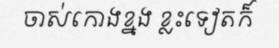
ចាស់កោងខ្នង ខ្លះទៀតក៏